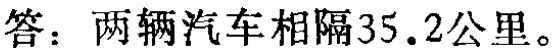
答：两辆汽车相隔35.2公里。